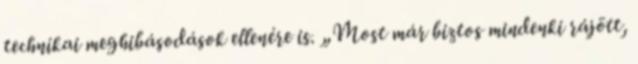
technikai meghibásodások ellenére is. „Most már biztos mindenki rájött,